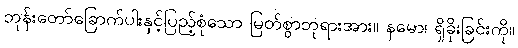
ဘုန်းတော်ခြောက်ပါးနှင့်ပြည့်စုံသော မြတ်စွာဘုရားအား။ နမော၊ ရှိခိုးခြင်းကို။